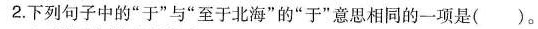
2.下列句子中的”于”与”至于北海”的”于”意思相同的一项是()。